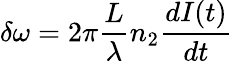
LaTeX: \delta\omega=2\pi\frac{L}{\lambda}n_{2}\frac{dI(t)}{dt}